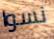
نسوا